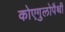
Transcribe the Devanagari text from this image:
कोएगुलोपैथी